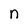
Character: n